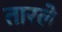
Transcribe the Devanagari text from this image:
तारले